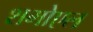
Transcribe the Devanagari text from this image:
शमोएल